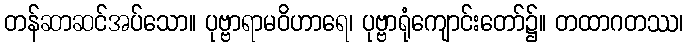
တန်ဆာဆင်အပ်သော။ ပုဗ္ဗာရာမဝိဟာရေ၊ ပုဗ္ဗာရုံကျောင်းတော်၌။ တထာဂတဿ၊